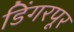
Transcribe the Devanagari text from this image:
डिंगरपूर